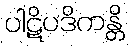
ပါဋိပဒိကန္တိ